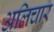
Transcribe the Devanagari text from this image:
अलिचार